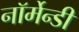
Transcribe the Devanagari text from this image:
नॉर्मेन्डी